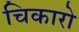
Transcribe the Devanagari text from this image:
चिकारो